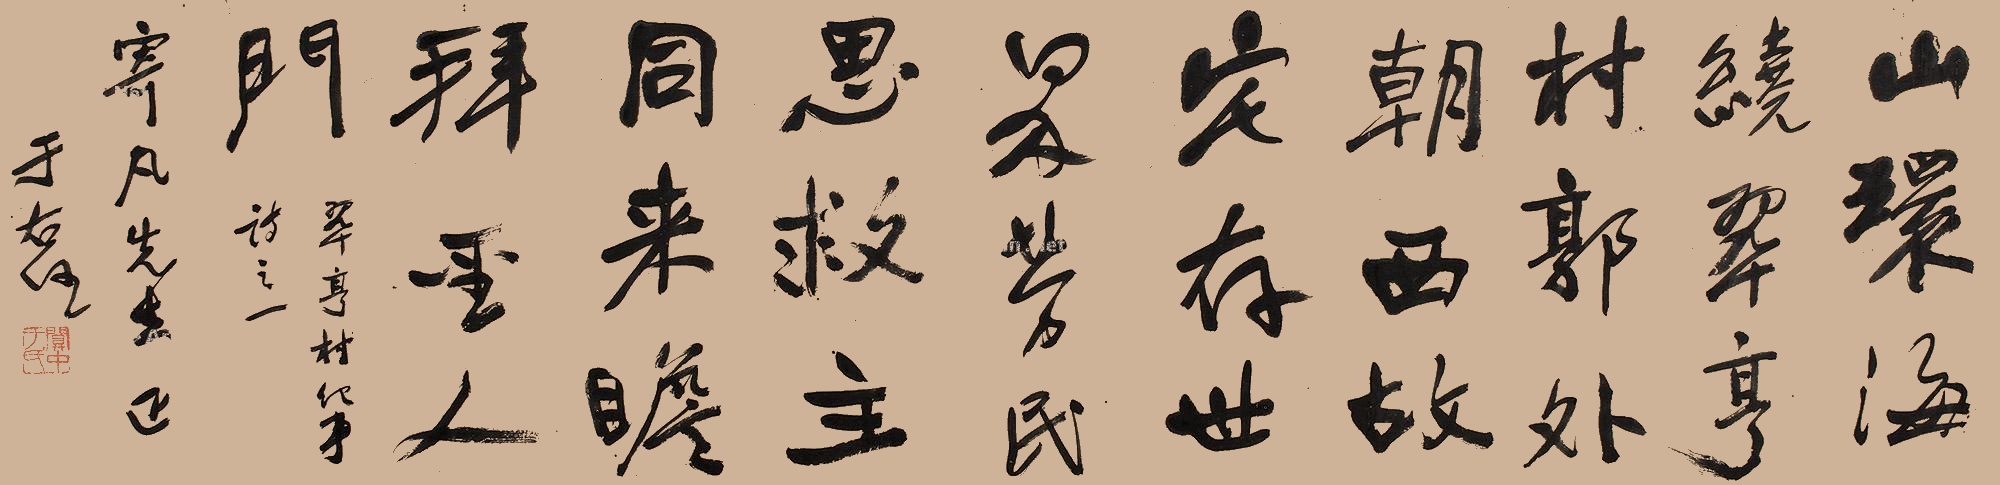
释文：山环海绕翠亨村，郭外朝西故宅存。世界劳民思救主，同来瞻拜圣人门。翠亨村纪事诗之一。寄凡先生正。于右任。